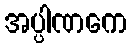
အပ္ပါဏကေ